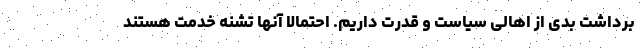
برداشت بدی از اهالی سیاست و قدرت داریم. احتمالا آنها تشنه خدمت هستند